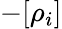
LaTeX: -[\rho_{i}]